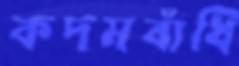
কদমবাঁধি